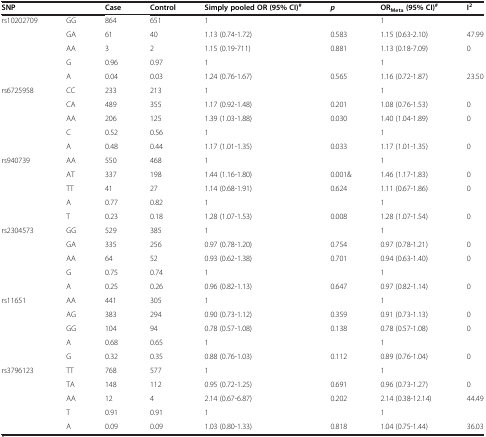
<table><thead><tr><td><b>SNP</b></td><td><b> </b></td><td><b>Case</b></td><td><b>Control</b></td><td><b>Simply pooled OR (95% CI)<sup>#</sup></b></td><td><b><i>p</i></b></td><td><b>OR<sub>Meta </sub>(95% CI)<sup>#</sup></b></td><td><b>I<sup>2</sup></b></td></tr></thead><tbody><tr><td>rs10202709</td><td>GG</td><td>864</td><td>651</td><td>1</td><td> </td><td>1</td><td> </td></tr><tr><td> </td><td>GA</td><td>61</td><td>40</td><td>1.13 (0.74-1.72)</td><td>0.583</td><td>1.15 (0.63-2.10)</td><td>47.99</td></tr><tr><td> </td><td>AA</td><td>3</td><td>2</td><td>1.15 (0.19-711)</td><td>0.881</td><td>1.13 (0.18-7.09)</td><td>0</td></tr><tr><td> </td><td>G</td><td>0.96</td><td>0.97</td><td>1</td><td> </td><td>1</td><td> </td></tr><tr><td> </td><td>A</td><td>0.04</td><td>0.03</td><td>1.24 (0.76-1.67)</td><td>0.565</td><td>1.16 (0.72-1.87)</td><td>23.50</td></tr><tr><td>rs6725958</td><td>CC</td><td>233</td><td>213</td><td>1</td><td> </td><td>1</td><td> </td></tr><tr><td> </td><td>CA</td><td>489</td><td>355</td><td>1.17 (0.92-1.48)</td><td>0.201</td><td>1.08 (0.76-1.53)</td><td>0</td></tr><tr><td> </td><td>AA</td><td>206</td><td>125</td><td>1.39 (1.03-1.88)</td><td>0.030</td><td>1.40 (1.04-1.89)</td><td>0</td></tr><tr><td> </td><td>C</td><td>0.52</td><td>0.56</td><td>1</td><td> </td><td>1</td><td> </td></tr><tr><td> </td><td>A</td><td>0.48</td><td>0.44</td><td>1.17 (1.01-1.35)</td><td>0.033</td><td>1.17 (1.01-1.35)</td><td>0</td></tr><tr><td>rs940739</td><td>AA</td><td>550</td><td>468</td><td>1</td><td> </td><td>1</td><td> </td></tr><tr><td> </td><td>AT</td><td>337</td><td>198</td><td>1.44 (1.16-1.80)</td><td>0.001&amp;</td><td>1.46 (1.17-1.83)</td><td>0</td></tr><tr><td> </td><td>TT</td><td>41</td><td>27</td><td>1.14 (0.68-1.91)</td><td>0.624</td><td>1.11 (0.67-1.86)</td><td>0</td></tr><tr><td> </td><td>A</td><td>0.77</td><td>0.82</td><td>1</td><td> </td><td>1</td><td> </td></tr><tr><td> </td><td>T</td><td>0.23</td><td>0.18</td><td>1.28 (1.07-1.53)</td><td>0.008</td><td>1.28 (1.07-1.54)</td><td>0</td></tr><tr><td>rs2304573</td><td>GG</td><td>529</td><td>385</td><td>1</td><td> </td><td>1</td><td> </td></tr><tr><td> </td><td>GA</td><td>335</td><td>256</td><td>0.97 (0.78-1.20)</td><td>0.754</td><td>0.97 (0.78-1.21)</td><td>0</td></tr><tr><td> </td><td>AA</td><td>64</td><td>52</td><td>0.93 (0.62-1.38)</td><td>0.701</td><td>0.94 (0.63-1.40)</td><td>0</td></tr><tr><td> </td><td>G</td><td>0.75</td><td>0.74</td><td>1</td><td> </td><td>1</td><td> </td></tr><tr><td> </td><td>A</td><td>0.25</td><td>0.26</td><td>0.96 (0.82-1.13)</td><td>0.647</td><td>0.97 (0.82-1.14)</td><td>0</td></tr><tr><td>rs11651</td><td>AA</td><td>441</td><td>305</td><td>1</td><td> </td><td>1</td><td> </td></tr><tr><td> </td><td>AG</td><td>383</td><td>294</td><td>0.90 (0.73-1.12)</td><td>0.359</td><td>0.91 (0.73-1.13)</td><td>0</td></tr><tr><td> </td><td>GG</td><td>104</td><td>94</td><td>0.78 (0.57-1.08)</td><td>0.138</td><td>0.78 (0.57-1.08)</td><td>0</td></tr><tr><td> </td><td>A</td><td>0.68</td><td>0.65</td><td>1</td><td> </td><td>1</td><td> </td></tr><tr><td> </td><td>G</td><td>0.32</td><td>0.35</td><td>0.88 (0.76-1.03)</td><td>0.112</td><td>0.89 (0.76-1.04)</td><td>0</td></tr><tr><td>rs3796123</td><td>TT</td><td>768</td><td>577</td><td>1</td><td> </td><td>1</td><td> </td></tr><tr><td> </td><td>TA</td><td>148</td><td>112</td><td>0.95 (0.72-1.25)</td><td>0.691</td><td>0.96 (0.73-1.27)</td><td>0</td></tr><tr><td> </td><td>AA</td><td>12</td><td>4</td><td>2.14 (0.67-6.87)</td><td>0.202</td><td>2.14 (0.38-12.14)</td><td>44.49</td></tr><tr><td> </td><td>T</td><td>0.91</td><td>0.91</td><td>1</td><td> </td><td>1</td><td> </td></tr><tr><td> </td><td>A</td><td>0.09</td><td>0.09</td><td>1.03 (0.80-1.33)</td><td>0.818</td><td>1.04 (0.75-1.44)</td><td>36.03</td></tr></tbody></table>